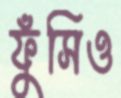
ফুঁসিও